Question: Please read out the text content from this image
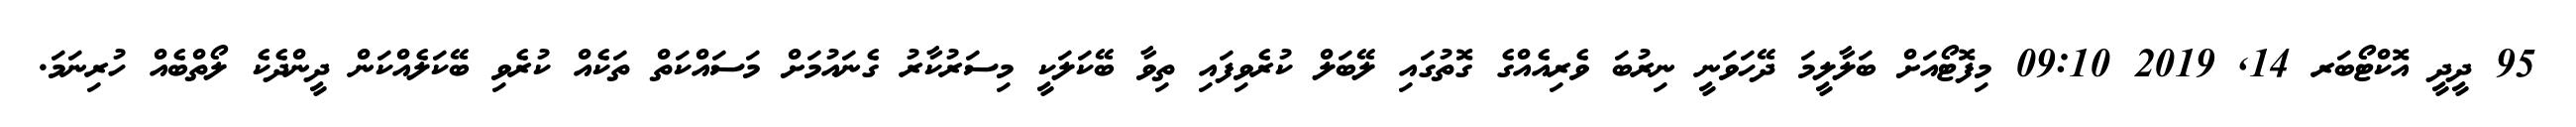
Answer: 95 ދީދީ އޮކްޓޯބަރ 14, 2019 09:10 މިފޮޓޯއަށް ބަލާލީމަ ދޭހަވަނީ ނިރުބަ ވެރިއެއްގެ ގޮތުގައި ލޭބަލް ކުރެވިފައި ތިވާ ބޭކަލަކީ މިސަރުކާރު ގެނައުމަށް މަސައްކަތް ތަކެއް ކުރެވި ބޭކަލެއްކަން ދީންދެކެ ލޯތްބެއް ހުރިނަމަ.